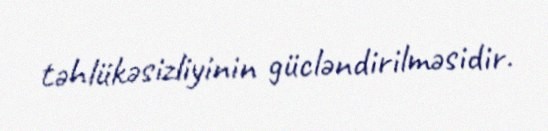
təhlükəsizliyinin gücləndirilməsidir.